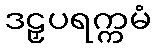
ဒဠှပရက္ကမံ